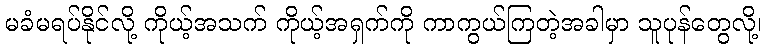
မခံမရပ်နိုင်လို့ ကိုယ့်အသက် ကိုယ့်အရှက်ကို ကာကွယ်ကြတဲ့အခါမှာ သူပုန်တွေလို့၊